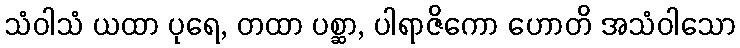
သံဝါသံ ယထာ ပုရေ, တထာ ပစ္ဆာ, ပါရာဇိကော ဟောတိ အသံဝါသော